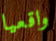
واقعيا